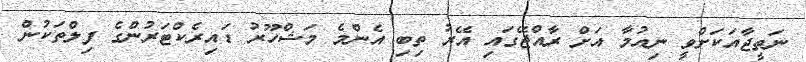
ނަތީޖާއަކަށްވީ ނިއުމާ އަށް ރާއްޖޭގައި އޭރު ތިބި އެންމެ މަޝްހޫރު ޑައިރެކްޓަރުންގެ ފިލްތަކުން